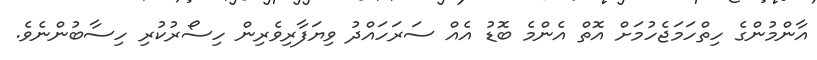
އާންމުންގެ ހިތްހަމަޖެހުމަށް އޮތް އެންމެ ބޮޑު އެއް ސަރަހައްދު ވިޔަފާރިވެރިން ހިސޯރުކުރި ހިސާބުންނެވެ.